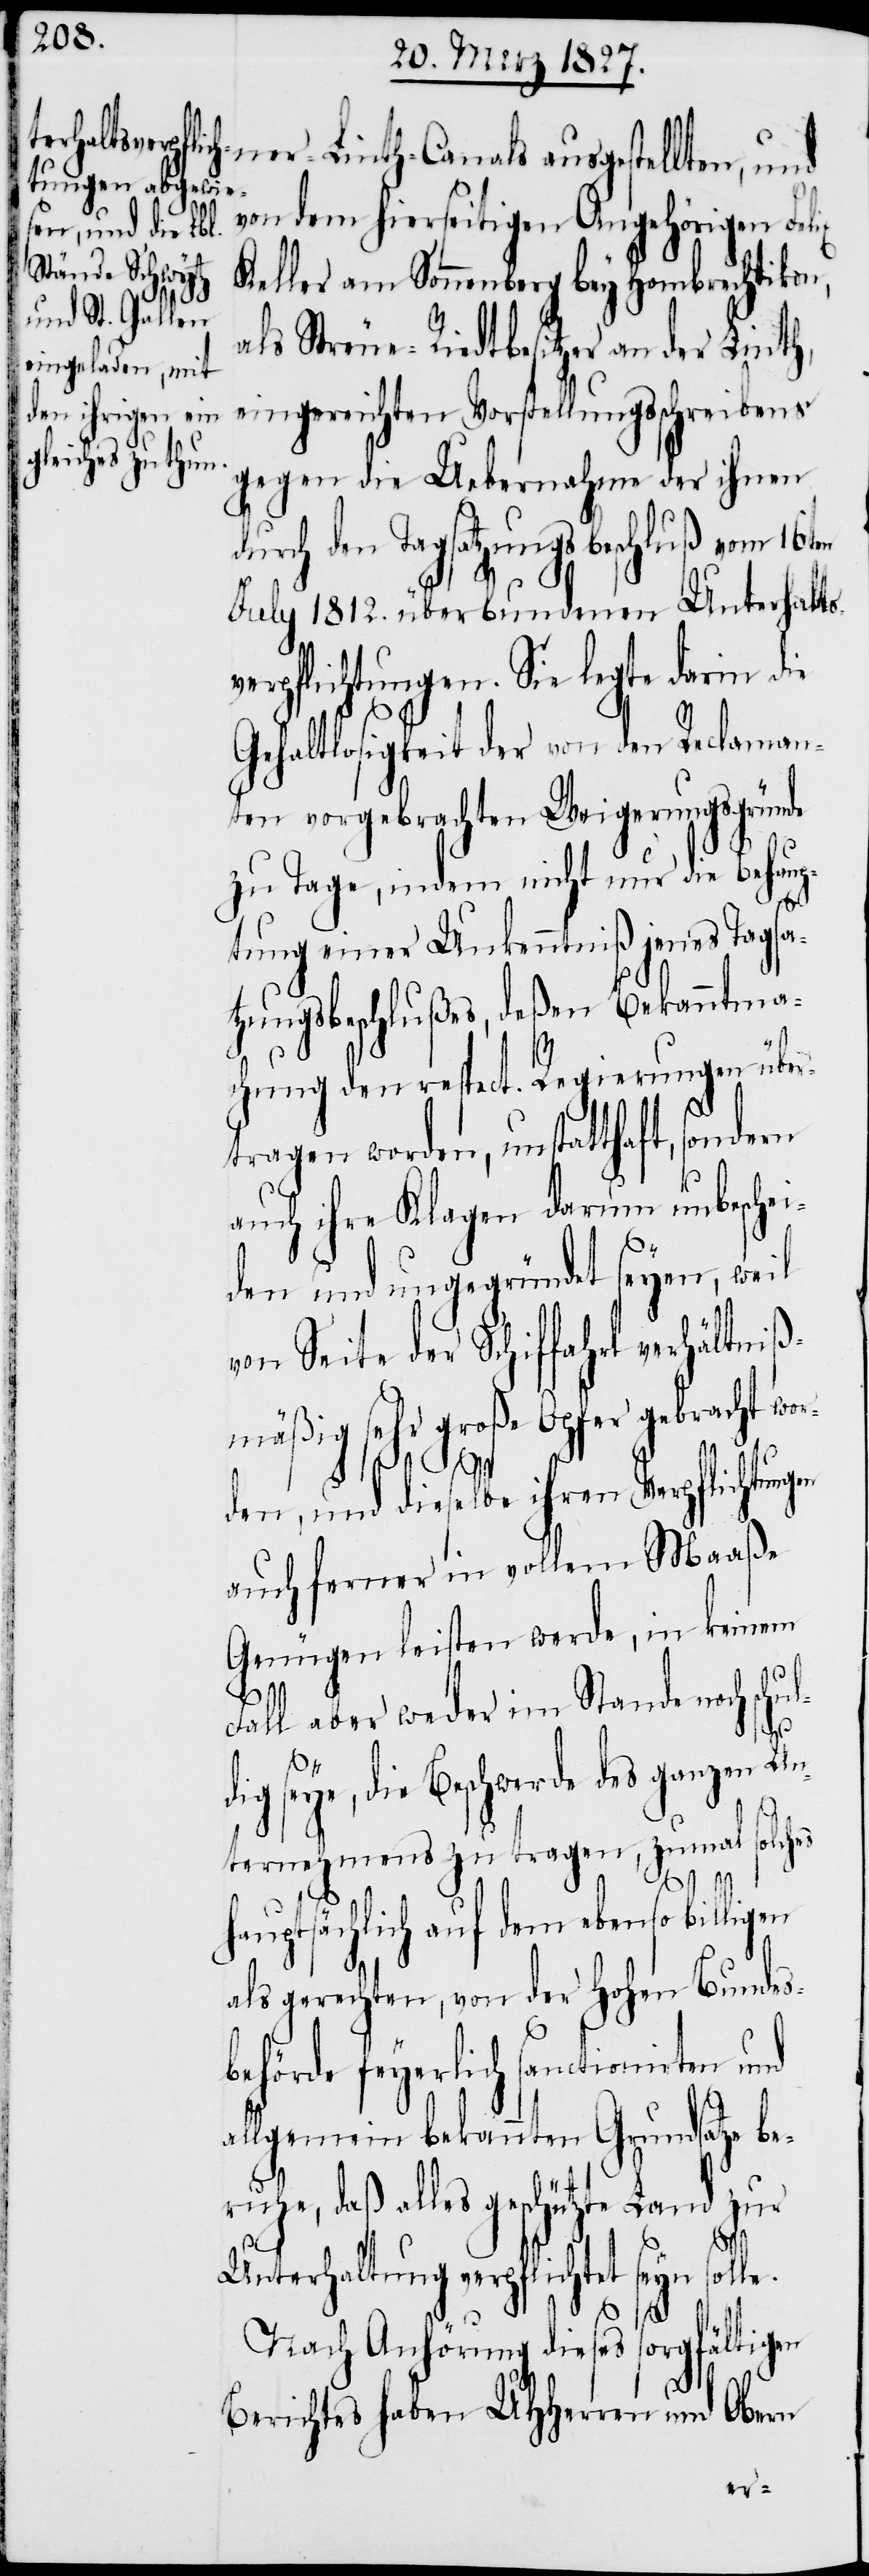
ner-Linth-Canals ausgestellten, und
von dem hierseitigen Angehörigen Felix
Keller am Sonnenberg bey Hombrechtikon,
als Streue-Riedtbesitzer an der Linth,
eingereichten Vorstellungsschreibens
gegen die Uebernahme der ihnen
durch den Tagsatzungsbeschluß vom 16ten
July 1812. überbundenen Unterhalts¬
verpflichtungen. Sie legte darin die
Gehaltlosigkeit der von den Reclaman¬
ten vorgebrachten Weigerungsgründe
zu Tage, indem nicht nur die Behaup¬
tung einer Unkenntniß jenes Tagsa¬
tzungsbeschlußes, deßen Bekanntma¬
chung den respect. Regierungen über¬
tragen worden, unstatthaft, sondern
auch ihre Klagen darum unbeschei¬
den und ungegründet seyen, weil
von Seite der Schiffahrt verhältniß¬
mäßig sehr große Opfer gebracht wer¬
den, und dieselbe ihren Verpflichtun¬
auch ferner in vollem Maaße
Genügen leisten werde, in keinem
Fall aber weder im Stande noch schul¬
d¬
ig seye, die Beschwerde des ganzen Un¬
ternehmens zu tragen, zumal solches
hauptsächlich auf dem ebenso billigen
als gerechten, von der hohen Bundes¬
behörde feyerlich sanctionirten und
allgemein bekannten Grundsatze be¬
ruhe, daß alles geschützte Land zur
Unterhaltung verpflichtet seyn solle.
Nach Anhörung dieses sorgfältigen
Berichtes haben UHHerren und Obern